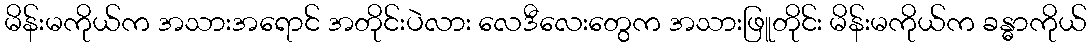
မိန်းမကိုယ်က အသားအရောင် အတိုင်းပဲလား လေဒီလေးတွေက အသားဖြူတိုင်း မိန်းမကိုယ်က ခန္ဓာကိုယ်